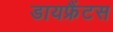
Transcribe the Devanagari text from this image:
डायफ्रैंटस